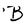
Character: B